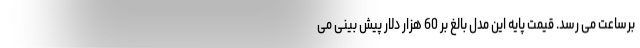
برساعت می رسد. قیمت پایه این مدل بالغ بر 60 هزار دلار پیش بینی می